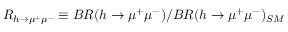
R _ { h \to \mu ^ { + } \mu ^ { - } } \equiv B R ( h \to \mu ^ { + } \mu ^ { - } ) / B R ( h \to \mu ^ { + } \mu ^ { - } ) _ { S M }